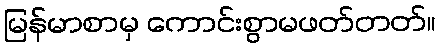
မြန်မာစာမှ ကောင်းစွာမဖတ်တတ်။